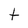
Character: t